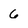
Character: 6